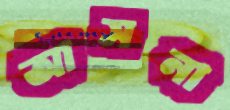
আসনা